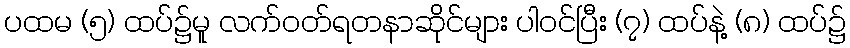
ပထမ (၅) ထပ်၌မူ လက်ဝတ်ရတနာဆိုင်များ ပါဝင်ပြီး (၇) ထပ်နဲ့ (၈) ထပ်၌